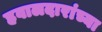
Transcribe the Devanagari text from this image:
हवालदारांच्या